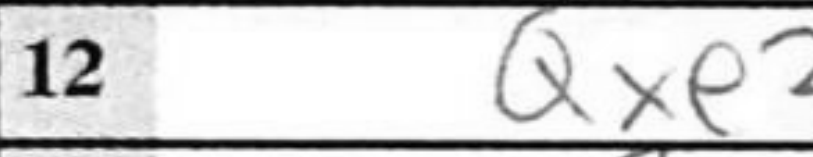
Transcription: Qxe2